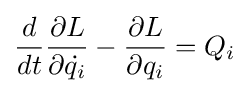
{\frac {d}{dt}}{\frac {\partial L}{\partial {\dot {q_{i}}}}}-{\frac {\partial L}{\partial q_{i}}}=Q_{i}